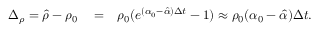
\begin{array} { r l r } { \Delta _ { \rho } = \hat { \rho } - \rho _ { 0 } } & { { } = } & { \rho _ { 0 } ( e ^ { ( \alpha _ { 0 } - \hat { \alpha } ) \Delta t } - 1 ) \approx \rho _ { 0 } ( \alpha _ { 0 } - \hat { \alpha } ) \Delta t . } \end{array}